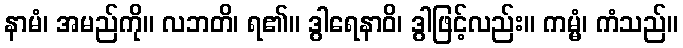
နာမံ၊ အမည်ကို။ လဘတိ၊ ရ၏။ ဒွါရေနာဝိ၊ ဒွါဖြင့်လည်း။ ကမ္မံ၊ ကံသည်။